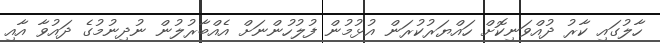
ހާލުގައި ކާރު ދުއްވަނިކޮށް ހައްޔަރުކުރަން އުޅުމުން ފުލުހުންނަށް އެއްބާރުލުން ނުދިނުމުގެ ދައުވާ އާއި